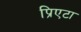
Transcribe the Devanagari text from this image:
प्रिएटा